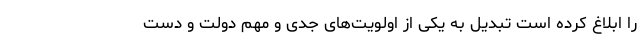
را ابلاغ کرده است تبدیل به یکی از اولویت‌های جدی و مهم دولت و دست